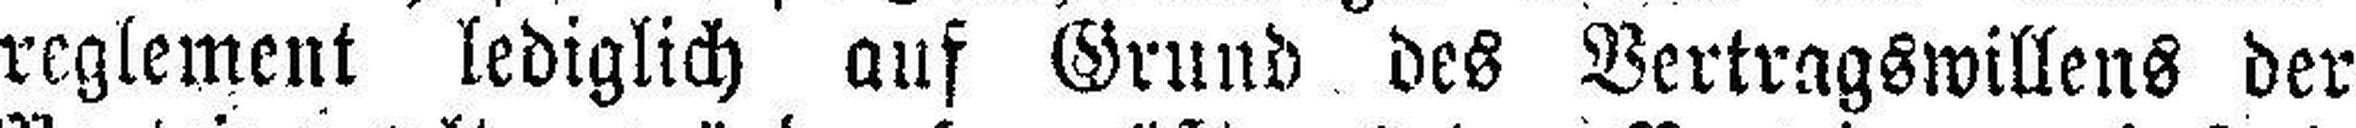
reglement lediglich auf Grund des Vertragswillens der